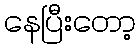
နေပြီးတော့